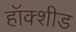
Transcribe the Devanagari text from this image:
हॉक्शीड